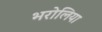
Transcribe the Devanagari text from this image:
भरोलिया